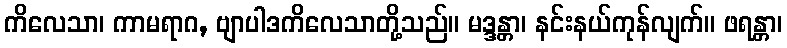
ကိလေသာ၊ ကာမရာဂ, ဗျာပါဒကိလေသာတို့သည်။ မဒ္ဒန္တာ၊ နင်းနယ်ကုန်လျက်။ ဖရန္တာ၊